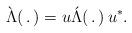
LaTeX: \begin{align*}\grave{\Lambda}(\, .\,) = u \acute{\Lambda}(\, .\,) \, u^{*}.\end{align*}